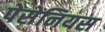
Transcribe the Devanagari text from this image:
पेसेनियस